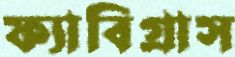
ফ্যাবিগ্রাস